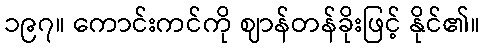
၁၉၇။ ကောင်းကင်ကို ဈာန်တန်ခိုးဖြင့် နိုင်၏။